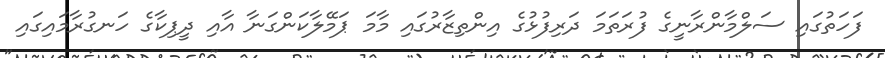
ފަހަތުގައި ސަލްމާންރާނީގެ ފުރަތަމަ ދަރިފުޅުގެ އިންތިޒާރުގައި މާމަ ޕަމޭލާކަންގަނާ އާއި ދީޕިކާގެ ހަނގުރާމައިގައި